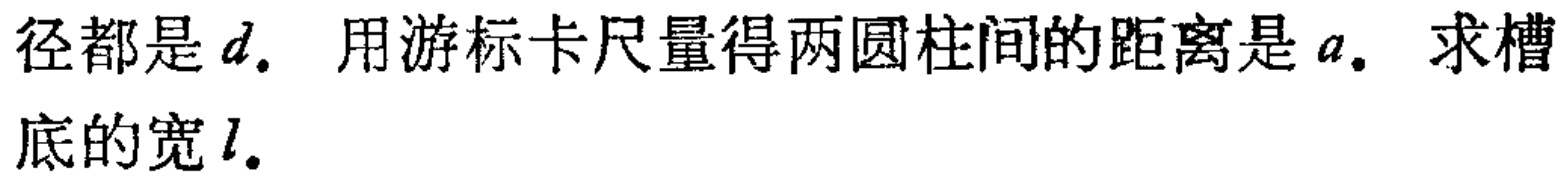
径都是$d$. 用游标卡尺量得两圆柱间的距离是$a$. 求槽底的宽$l$.